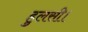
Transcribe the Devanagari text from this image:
हुलसी।